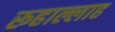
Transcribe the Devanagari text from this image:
रूहाल्लाह